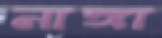
নাঙ্গা